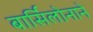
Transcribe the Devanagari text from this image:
बार्सिलोनाने